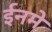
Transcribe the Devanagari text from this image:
ईनमे